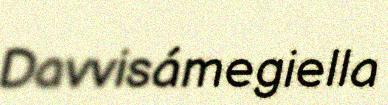
Davvisámegiella